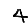
Digit: 4